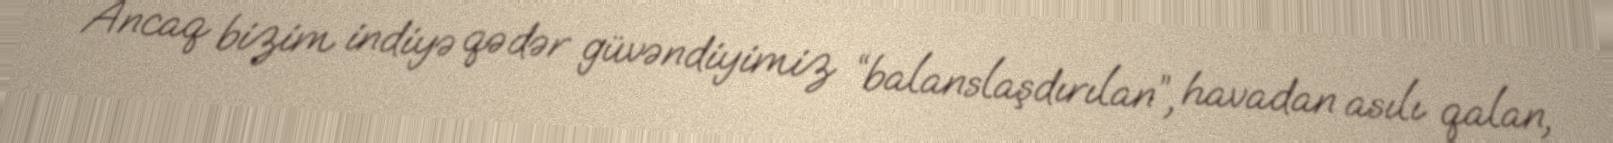
Ancaq bizim indiyə qədər güvəndiyimiz “balanslaşdırılan”, havadan asılı qalan,